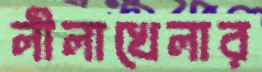
লীলাখেলার